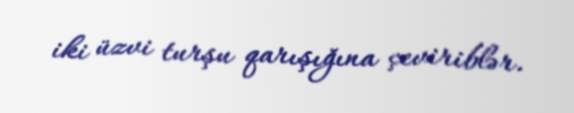
iki üzvi turşu qarışığına çeviriblər.